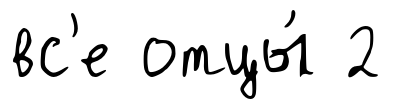
вс'е отцы́ 2